Lunatic asylums in Bengal annual reports 1912-1924 - 1912-1924
Year: 1912
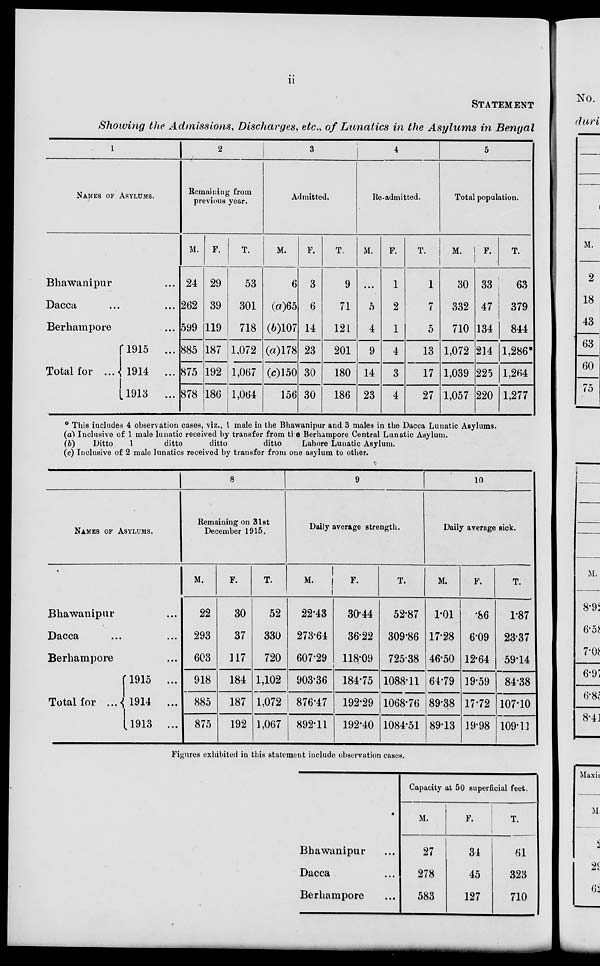
ii
STATEMENT
Showing the Admissions, Discharges, etc., of Lunatics in the Asylums in Bengal
1
NAMES OF ASYLUMS.
Bhawanipur ...
Dacca ... ...
Berhampore ...
Total for ...
1915 ...
1914 ...
1913 ...
2
Remaining from
previous year.
M.
24
262
599
885
875
878
F.
29
39
119
187
192
186
T.
53
301
718
1,072
1,067
1,064
3
Admitted.
M.
6
(a)65
(b)107
(a)178
(c)150
156
F.
3
6
14
23
30
30
T.
9
71
121
201
180
186
4
Re-admitted.
M.
...
5
4
9
14
23
F.
1
2
1
4
3
4
T.
1
7
5
13
17
27
5
Total population.
M.
30
332
710
1,072
1,039
1,057
F.
33
47
134
214
225
220
T.
63
379
844
1,286*
1,264
1,277
* This includes 4 observation cases, viz., 1 male in the Bhawanipur and 3 males in the Dacca Lunatic Asylums.
(a)
(b)
(c)
Inclusive of 1 male lunatic received by transfer from the Berhampore Central Lunatic Asylum.
Ditto
1
ditto
ditto
ditto
Lahore Lunatic Asylum.
Inclusive of 2 male lunatics received by transfer from one asylum to other.
NAMES OF ASYLUMS.
Bhawanipur ...
Dacca
...
...
Berhampore ...
Total for ...
1915 ...
1914 ...
1913 ...
8
Remaining on 31st
December 1915.
M.
22
293
603
918
885
875
F.
30
37
117
184
187
192
T.
52
330
720
1,102
1,072
1,067
9
Daily average strength.
M.
22.43
273.64
607.29
903.36
876.47
892.11
F.
30.44
36.22
118.09
184.75
192.29
192.40
T.
52.87
309.86
725.38
1088.11
1068.76
1084.51
10
Daily average sick.
M.
1.01
17.28
46.50
64.79
89.38
89.13
F.
.86
6.09
12.64
19.59
17.72
19.98
T.
1.87
23.37
59.14
84.38
107.10
109.11
Figures exhibited in this statement include observation cases.
Bhawanipur ...
Dacca ...
Berhampore ...
Capacity at 50 superficial feet.
M.
27
278
583
F.
34
45
127
T.
61
323
710